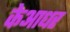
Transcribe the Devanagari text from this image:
केआधर